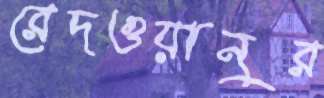
রেদওয়ানুর